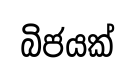
බිජයක්